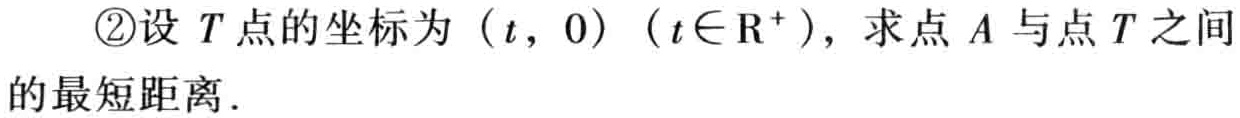
\textcircled{2}设\(T\)点的坐标为\((t,0)\)（\(t\in\mathrm{R}^{+}\)），求点\(A\)与点\(T\)之间的最短距离．